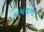
કાપવાનો